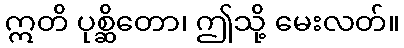
ဣတိ ပုစ္ဆိတော၊ ဤသို့ မေးလတ်။